Vaccination in Bombay 1874-1876 - 1874-1876
Year: 1874
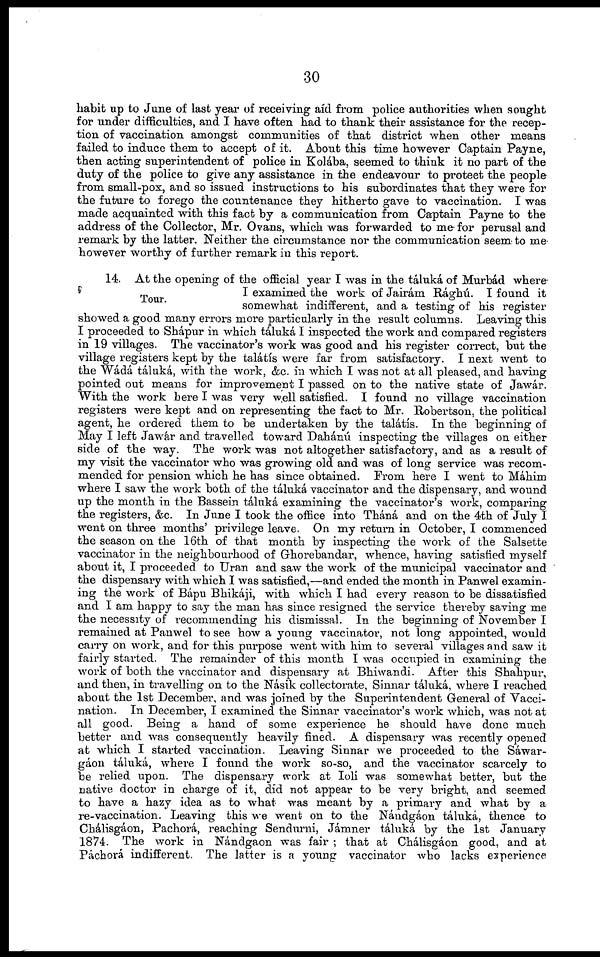
30
habit up to June of last year of receiving aid from police authorities when sought
for under difficulties, and I have often had to thank their assistance for the recep-
tion of vaccination amongst communities of that district when other means
failed to induce them to accept of it. About this time however Captain Payne,
then acting superintendent of police in Kolába, seemed to think it no part of the
duty of the police to give any assistance in the endeavour to protect the people
from small-pox, and so issued instructions to his subordinates that they were for
the future to forego the countenance they hitherto gave to vaccination. I was
made acquainted with this fact by a communication from Captain Payne to the
address of the Collector, Mr. Ovans, which was forwarded to me for perusal and
remark by the latter. Neither the circumstance nor the communication seem to me
however worthy of further remark in this report.
Tour.
14. At the opening of the official year I was in the táluká of Murbád where
I examined the work of Jairám Rághú. I found it
somewhat indifferent, and a testing of his register
showed a good many errors more particularly in the result columns. Leaving this
I proceeded to Shápur in which táluká I inspected the work and compared registers
in 19 villages. The vaccinator's work was good and his register correct, but the
village registers kept by the talátís were far from satisfactory. I next went to
the Wádá táluká, with the work, &c. in which I was not at all pleased, and having
pointed out means for improvement I passed on to the native state of Jawár.
With the work here I was very well satisfied. I found no village vaccination
registers were kept and on representing the fact to Mr. Robertson, the political
agent, he ordered them to be undertaken by the talátís. In the beginning of
May I left Jawár and travelled toward Dahámi inspecting the villages on either
side of the way. The work was not altogether satisfactory, and as a result of
my visit the vaccinator who was growing old and was of long service was recom-
mended for pension which he has since obtained. From here I went to Máhim
where I saw the work both of the táluká vaccinator and the dispensary, and wound
up the month in the Bassein táluká examining the vaccinator's work, comparing
the registers, &c. In June I took the office into Tháná and on the 4th of July I
went on three months' privilege leave. On my return in October, I commenced
the season on the 16th of that month by inspecting the work of the Salsette
vaccinator in the neighbourhood of Ghorebandar, whence, having satisfied myself
about it, I proceeded to Uran and saw the work of the municipal vaccinator and
the dispensary with which I was satisfied,—and ended the month in Panwel examin-
ing the work of Bápu Bhikáji, with which I had every reason to be dissatisfied
and I am happy to say the man has since resigned the service thereby saving me
the necessity of recommending his dismissal. In the beginning of November I
remained at Panwel to see how a young vaccinator, not long appointed, would
carry on work, and for this purpose went with him to several villages and saw it
fairly started. The remainder of this month I was occupied in examining the
work of both the vaccinator and dispensary at Bhiwandi. After this Shahpur,
and then, in travelling on to the Násik collectorate, Sinnar táluká, where I reached
about the 1st December, and was joined by the Superintendent General of Vacci-
nation. In December, I examined the Sinnar vaccinator's work which, was not at
all good. Being a hand of some experience he should have done much
better and was consequently heavily fined. A dispensary was recently opened
at which I started vaccination. Leaving Sinnar we proceeded to the Sáwar¬
gáon táluká, where I found the work so-so, and the vaccinator scarcely to
be relied upon. The dispensary work at Iolí was somewhat better, but the
native doctor in charge of it, did not appear to be very bright, and seemed
to have a hazy idea as to what was meant by a primary and what by a
re-vaccination. Leaving this we went on to the Nándgáon táluká, thence to
Chálisgáon, Pachorá, reaching Sendurni, Jámner táluká by the 1st January
1874. The work in Nándgaon was fair ; that at Chálisgáon good, and at
Páchorá indifferent. The latter is a young vaccinator who lacks experience